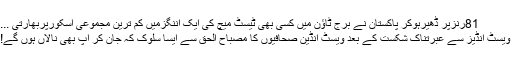
81رنزپر ڈھیرہوکر پاکستان نے برج ٹاؤن میں کسی بھی ٹیسٹ میچ کی ایک اننگزمیں کم ترین مجموعی اسکورپربھارتی ...
ویسٹ انڈیز سے عبرتناک شکست کے بعد ویسٹ انڈین صحافیوں کا مصباح الحق سے ایسا سلوک کہ جان کر آپ بھی نالاں ہوں گے!